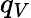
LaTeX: q_{V}